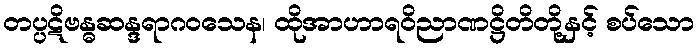
တပ္ပဋိဗန္ဓဆန္ဒရာဂဝသေန၊ ထိုအာဟာရဝိညာဏဋ္ဌိတိတို့နှင့် စပ်သော